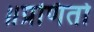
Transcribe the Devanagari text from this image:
॥प्रणितो